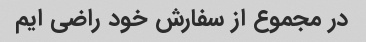
در مجموع از سفارش خود راضی ایم